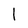
Character: I